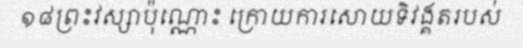
១៨ព្រះវស្សាប៉ុណ្ណោះ ក្រោយការសោយទិវង្គតរបស់